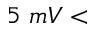
5 ~ m V <